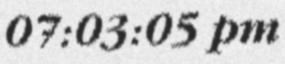
07:03:05 pm